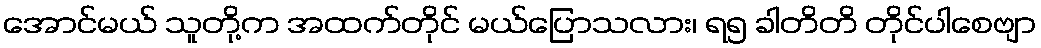
အောင်မယ် သူတို့က အထက်တိုင် မယ်ပြောသလား၊ ရ၅ ခါတိတိ တိုင်ပါစေဗျာ